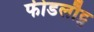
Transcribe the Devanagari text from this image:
फीडलौट्स